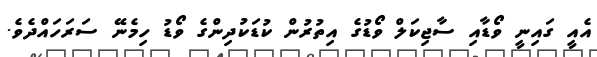
އެއީ ގައިނީ ވޯޑާއި ސާޖިކަލް ވޯޑުގެ އިތުރުން ކުޑަކުދިންގެ ވޯޑު ހިމެނޭ ސަރަހައްދެވެ.